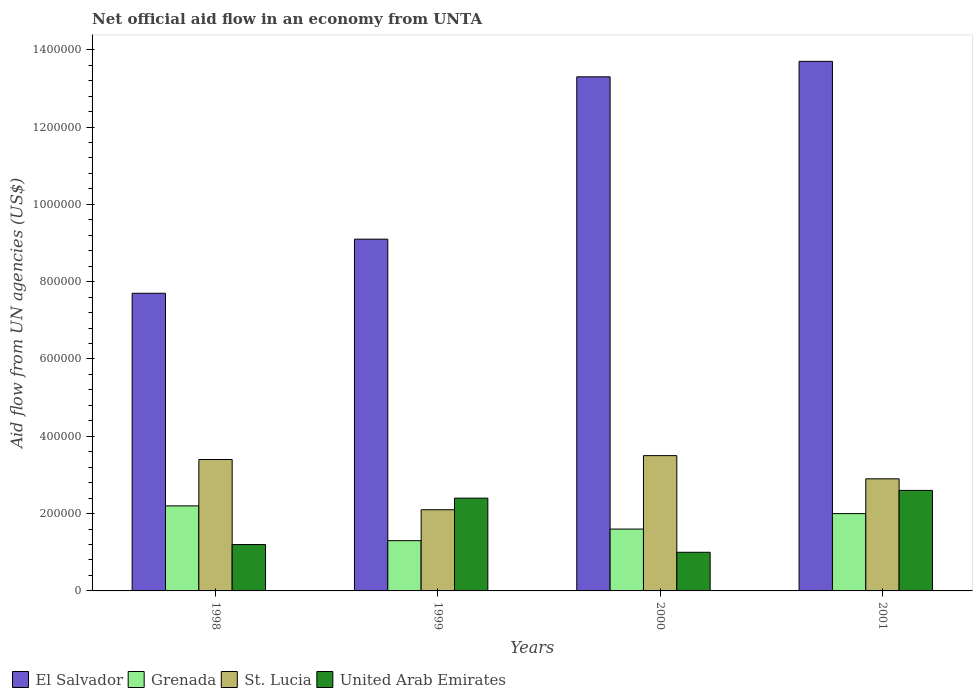
| Years | El Salvador | Grenada | St. Lucia | United Arab Emirates |
 | --- | --- | --- | --- | --- |
 | 1998 | 7.7e+05 | 2.2e+05 | 3.4e+05 | 1.2e+05 |
 | 1999 | 9.1e+05 | 1.3e+05 | 2.1e+05 | 2.4e+05 |
 | 2000 | 1.33e+06 | 1.6e+05 | 3.5e+05 | 1e+05 |
 | 2001 | 1.37e+06 | 2e+05 | 2.9e+05 | 2.6e+05 |